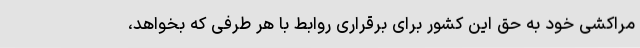
مراکشی خود به حق این کشور برای برقراری روابط با هر طرفی که بخواهد،